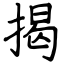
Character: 揭